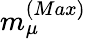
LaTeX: m_{\mu}^{(Max)}